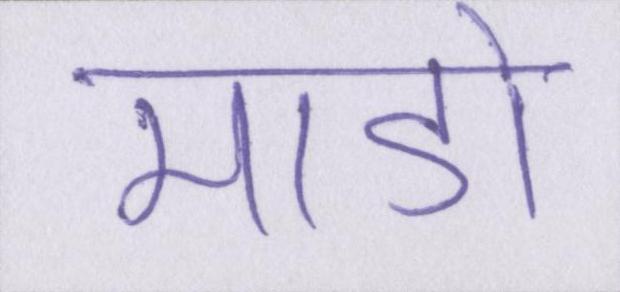
माडो